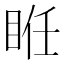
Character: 𥆂